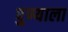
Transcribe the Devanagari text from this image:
पु्ण्याला